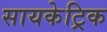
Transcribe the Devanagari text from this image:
सायकेट्रिक